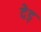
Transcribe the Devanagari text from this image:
देड़